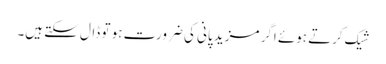
شیک کرتے ہوئے اگر مزید پانی کی ضرورت ہو تو ڈال سکتے ہیں۔